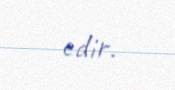
edir.